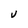
Character: v